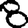
Digit: 8